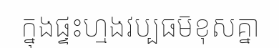
ក្នុងផ្ទះហ្មងវប្បធម៑ខុសគ្នា